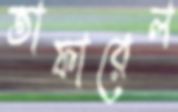
তাফারেল